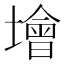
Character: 𡑭